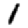
Digit: 1